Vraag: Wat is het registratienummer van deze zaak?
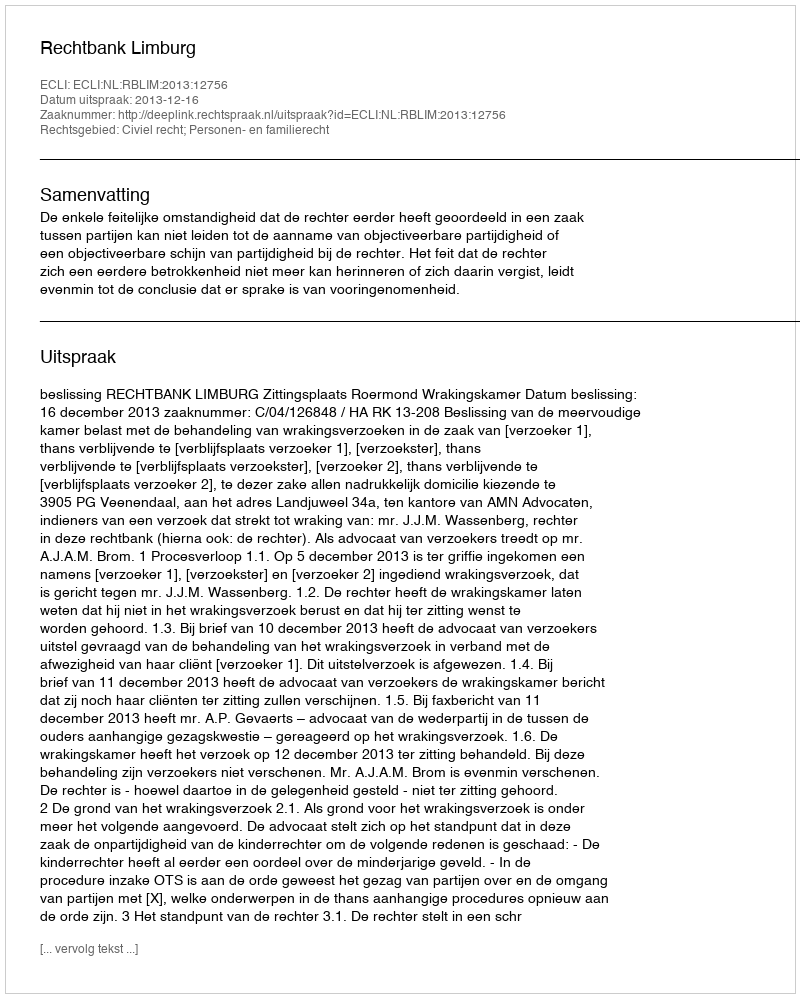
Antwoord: http://deeplink.rechtspraak.nl/uitspraak?id=ECLI:NL:RBLIM:2013:12756